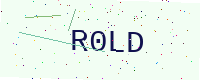
Text: R0LD